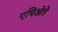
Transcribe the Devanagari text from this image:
एचिओते